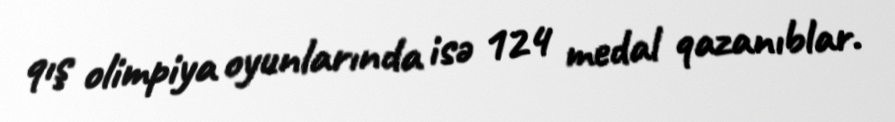
qış olimpiya oyunlarında isə 124 medal qazanıblar.